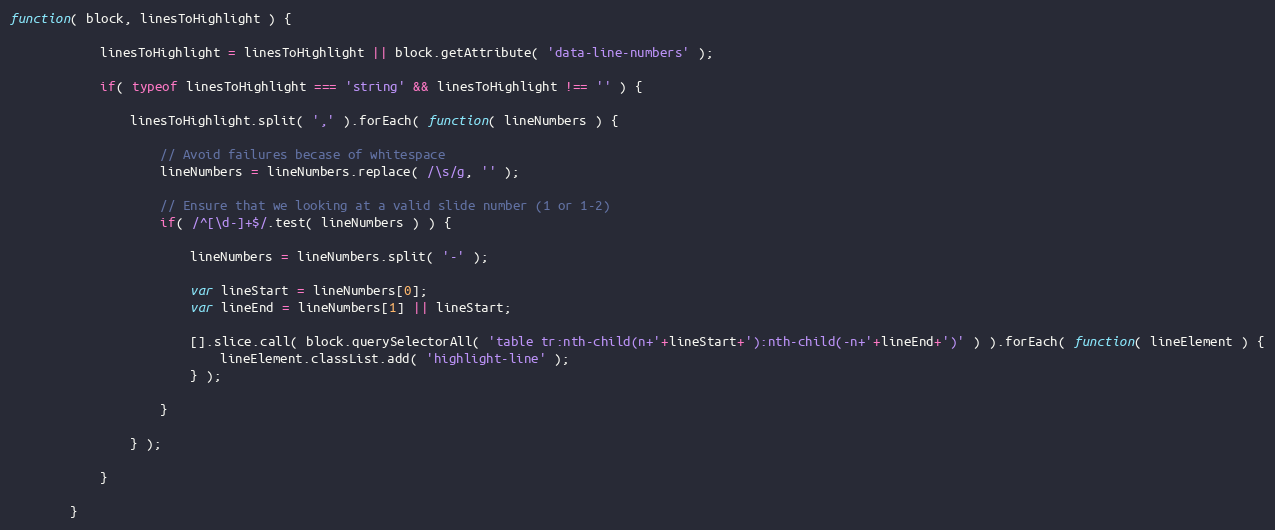
Language: JavaScript
function( block, linesToHighlight ) {

			linesToHighlight = linesToHighlight || block.getAttribute( 'data-line-numbers' );

			if( typeof linesToHighlight === 'string' && linesToHighlight !== '' ) {

				linesToHighlight.split( ',' ).forEach( function( lineNumbers ) {

					// Avoid failures becase of whitespace
					lineNumbers = lineNumbers.replace( /\s/g, '' );

					// Ensure that we looking at a valid slide number (1 or 1-2)
					if( /^[\d-]+$/.test( lineNumbers ) ) {

						lineNumbers = lineNumbers.split( '-' );

						var lineStart = lineNumbers[0];
						var lineEnd = lineNumbers[1] || lineStart;

						[].slice.call( block.querySelectorAll( 'table tr:nth-child(n+'+lineStart+'):nth-child(-n+'+lineEnd+')' ) ).forEach( function( lineElement ) {
							lineElement.classList.add( 'highlight-line' );
						} );

					}

				} );

			}

		}